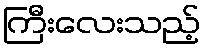
ကြီးလေးသည့်